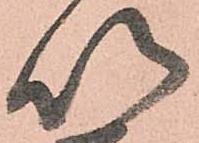
以